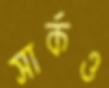
সার্কও